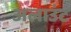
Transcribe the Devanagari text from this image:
अलाउंट